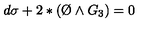
d \sigma + 2 * ( \O \wedge G _ { 3 } ) = 0